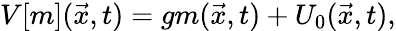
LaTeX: V[m](\vec{x},t)=gm(\vec{x},t)+U_{0}(\vec{x},t),